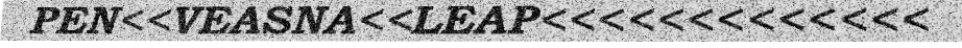
PEN<<VEASNA<<LEAP<<<<<<<<<<<<<